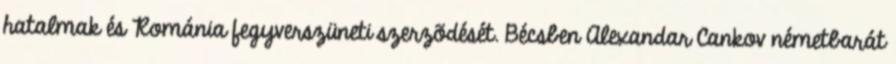
hatalmak és Románia fegyverszüneti szerzõdését. Bécsben Alexandar Cankov németbarát